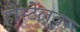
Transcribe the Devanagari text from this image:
होस्टेलवर